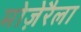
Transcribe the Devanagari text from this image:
मोज़ेरैला